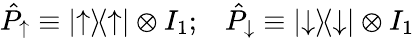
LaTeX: \hat{P}_{\uparrow}\equiv|{\uparrow}\rangle\! \langle{\uparrow}|\otimes I_{1};\; \; \; \hat{P}_{\downarrow}\equiv|{\downarrow}\rangle\! \langle{\downarrow}|\otimes I_{1}